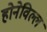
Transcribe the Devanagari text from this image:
होनेविल्ल